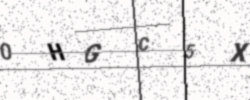
Text: 0HGC5X